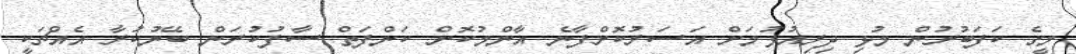
މީގެ ކަފަބުރުން މުޅި ދިރިއުޅުމަށް އަސަރުކޮށްފާނެ އާންމުކޮށް ކަންފަތް ސާފުކުރަން ބޭނުކުރާ އެއްޗަކީ